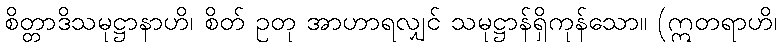
စိတ္တာဒိသမုဋ္ဌာနာဟိ၊ စိတ် ဥတု အာဟာရလျှင် သမုဋ္ဌာန်ရှိကုန်သော။ (ဣတရာဟိ၊